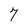
Character: 7